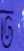
ভ